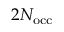
2 N _ { \mathrm { o c c } }